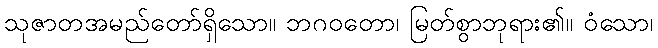
သုဇာတအမည်တော်ရှိသော။ ဘဂဝတော၊ မြတ်စွာဘုရား၏။ ဝံသော၊